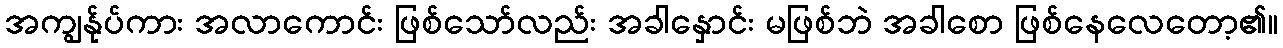
အကျွန်ုပ်ကား အလာကောင်း ဖြစ်သော်လည်း အခါနှောင်း မဖြစ်ဘဲ အခါစော ဖြစ်နေလေတော့၏။